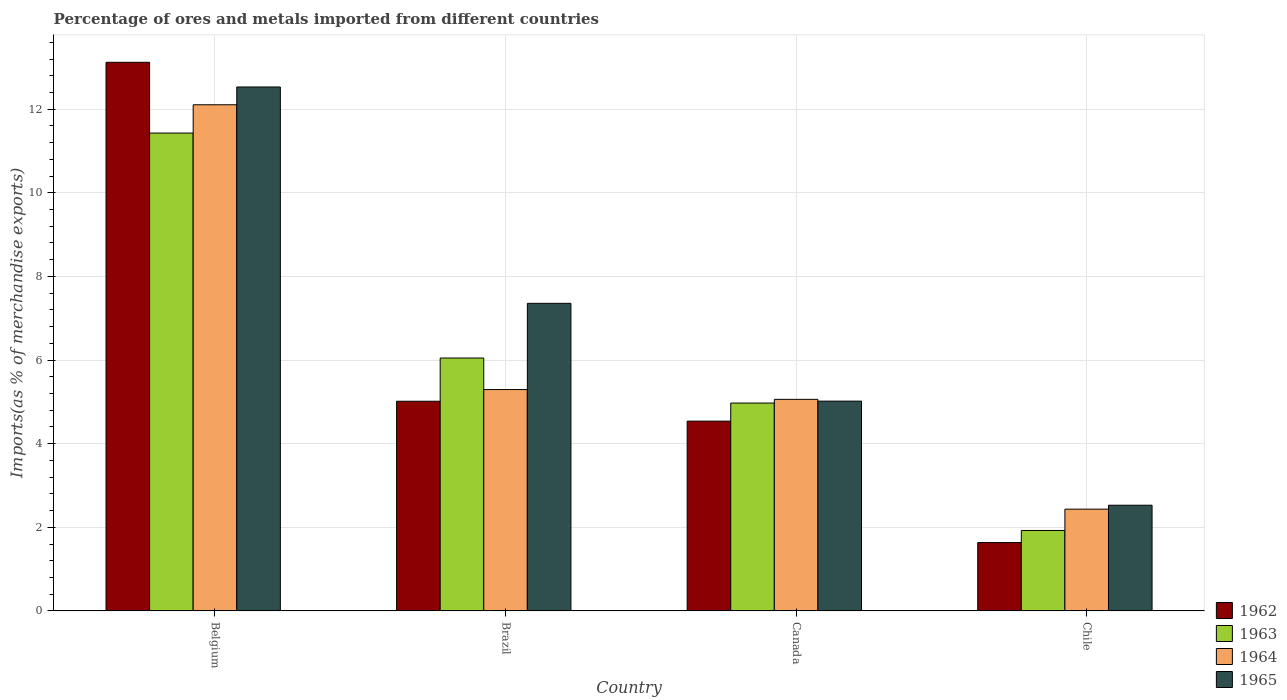
| Country | 1962 | 1963 | 1964 | 1965 |
 | --- | --- | --- | --- | --- |
 | Belgium | 13.1 | 11.4 | 12.1 | 12.5 |
 | Brazil | 5.01 | 6.05 | 5.29 | 7.36 |
 | Canada | 4.54 | 4.97 | 5.06 | 5.02 |
 | Chile | 1.63 | 1.92 | 2.43 | 2.53 |